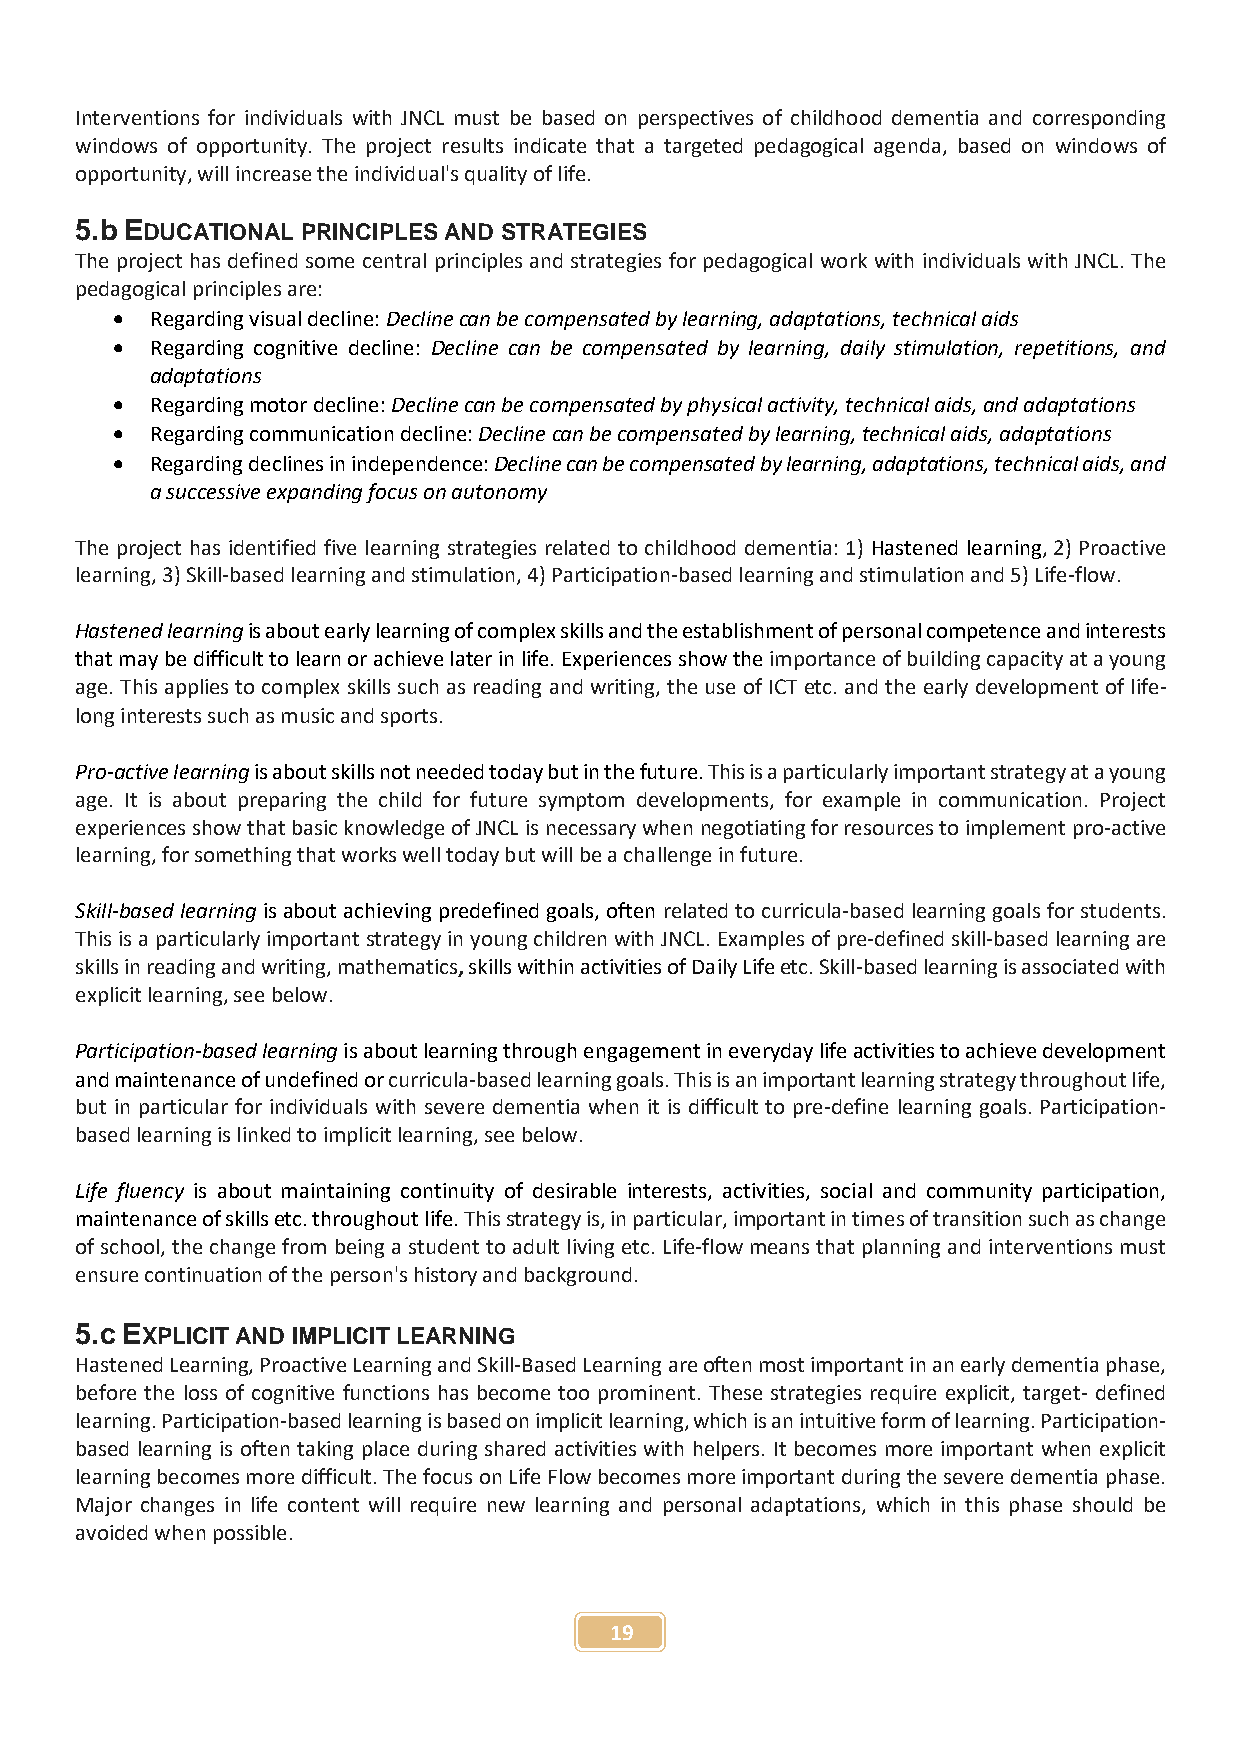
Interventions for individuals with JNCL must be based on perspectives of childhood dementia and corresponding
 windows of opportunity. The project results indicate that a targeted pedagogical agenda, based on windows of
 opportunity, will increase the individual's quality of life.
 5.b EDUCATIONAL PRINCIPLES AND STRATEGIES
 The project has defined some central principles and strategies for pedagogical work with individuals with JNCL. The
 pedagogical principles are:
   Regarding visual decline: Decline can be compensated by learning, adaptations, technical aids
   Regarding cognitive decline: Decline can be compensated by learning, daily stimulation, repetitions, and
 adaptations
   Regarding motor decline: Decline can be compensated by physical activity, technical aids, and adaptations
   Regarding communication decline: Decline can be compensated by learning, technical aids, adaptations
   Regarding declines in independence: Decline can be compensated by learning, adaptations, technical aids, and
 a successive expanding focus on autonomy
 The project has identified five learning strategies related to childhood dementia: 1) Hastened learning, 2) Proactive
 learning, 3) Skill-based learning and stimulation, 4) Participation-based learning and stimulation and 5) Life-flow.
 Hastened learning is about early learning of complex skills and the establishment of personal competence and interests
 that may be difficult to learn or achieve later in life. Experiences show the importance of building capacity at a young
 age. This applies to complex skills such as reading and writing, the use of ICT etc. and the early development of life-
 long interests such as music and sports.
 Pro-active learning is about skills not needed today but in the future. This is a particularly important strategy at a young
 age. It is about preparing the child for future symptom developments, for example in communication. Project
 experiences show that basic knowledge of JNCL is necessary when negotiating for resources to implement pro-active
 learning, for something that works well today but will be a challenge in future.
 Skill-based learning is about achieving predefined goals, often related to curricula-based learning goals for students.
 This is a particularly important strategy in young children with JNCL. Examples of pre-defined skill-based learning are
 skills in reading and writing, mathematics, skills within activities of Daily Life etc. Skill-based learning is associated with
 explicit learning, see below.
 Participation-based learning is about learning through engagement in everyday life activities to achieve development
 and maintenance of undefined or curricula-based learning goals. This is an important learning strategy throughout life,
 but in particular for individuals with severe dementia when it is difficult to pre-define learning goals. Participation-
 based learning is linked to implicit learning, see below.
 Life fluency is about maintaining continuity of desirable interests, activities, social and community participation,
 maintenance of skills etc. throughout life. This strategy is, in particular, important in times of transition such as change
 of school, the change from being a student to adult living etc. Life-flow means that planning and interventions must
 ensure continuation of the person's history and background.
 5.c EXPLICIT AND IMPLICIT LEARNING
 Hastened Learning, Proactive Learning and Skill-Based Learning are often most important in an early dementia phase,
 before the loss of cognitive functions has become too prominent. These strategies require explicit, target- defined
 learning. Participation-based learning is based on implicit learning, which is an intuitive form of learning. Participation-
 based learning is often taking place during shared activities with helpers. It becomes more important when explicit
 learning becomes more difficult. The focus on Life Flow becomes more important during the severe dementia phase.
 Major changes in life content will require new learning and personal adaptations, which in this phase should be
 avoided when possible.
 19